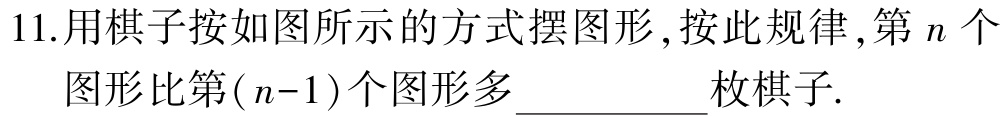
11.用棋子按如图所示的方式摆图形,按此规律,第\(n\)个图形比第\((n - 1)\)个图形多__________枚棋子.